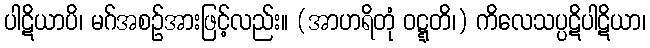
ပါဋိယာပိ၊ မဂ်အစဉ်အားဖြင့်လည်း။ (အာဟရိတုံ ဝဋ္ဋတိ၊) ကိလေသပ္ပဋိပါဋိယာ၊